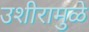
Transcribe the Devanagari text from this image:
उशीरामुळे